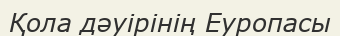
Қола дәуірінің Еуропасы